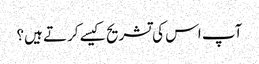
آپ اس کی تشریح کیسے کرتے ہیں؟